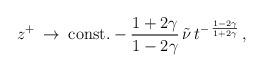
LaTeX: \begin{align*}z^{+} \:\rightarrow \:\mbox{const.} - \frac{1+2\gamma }{1-2\gamma }\,\tilde{\nu }\,t^{-\,\frac{1-2\gamma }{1+2\gamma }} \,,\end{align*}